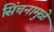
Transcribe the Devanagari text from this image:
सिंचनामुळे